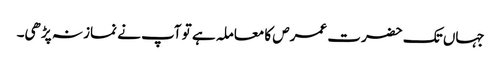
جہاں تک حضرت عمرص کا معاملہ ہے تو آپ نے نماز نہ پڑھی۔